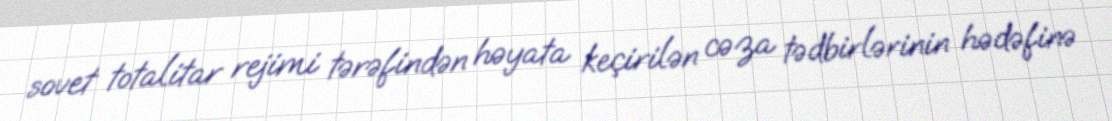
sovet totalitar rejimi tərəfindən həyata keçirilən cəza tədbirlərinin hədəfinə